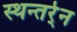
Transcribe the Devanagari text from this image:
स्थन्तर्र्न